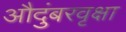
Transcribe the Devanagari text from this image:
औदुंबरवृक्षा